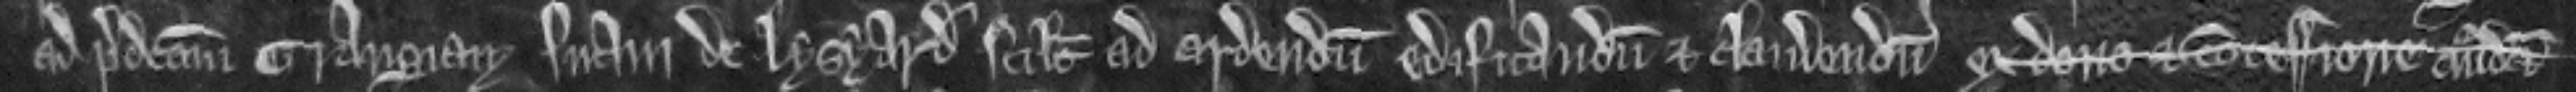
ad predictam grangiam suam de Lysyard scilicet ad ardendum edificandum et claudendum